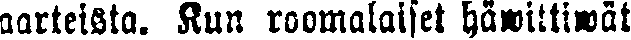
aarteista. Kun roomalaiset häwittiwät